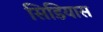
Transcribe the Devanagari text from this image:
सिडियास